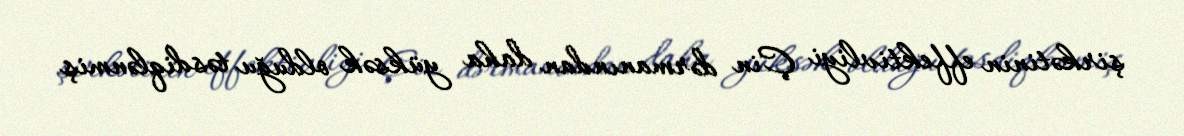
şirkətinin effektivliyi Çin dərmanından daha yüksək olduğu təsdiqlənmiş